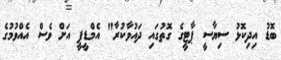
ބޮޑު އިދިކޮޅު ސިޔާސީ ޕާޓީގެ ގޮތުގައި ދައުވާކުރާ" އެމްޑީޕީ އަަށް ވެސް އެއްވުމުގެ